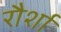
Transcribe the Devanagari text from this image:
रौर्शा